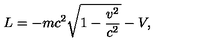
L = - m c ^ { 2 } \sqrt { 1 - { \frac { v ^ { 2 } } { c ^ { 2 } } } } - V ,